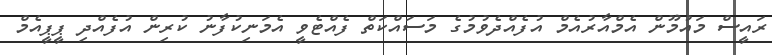
ރައީސް މައުމޫން އެމްއާރުއެމް އުފެއްދެވުމުގެ މަސައްކަތް ފެއްޓެވީ އެމަނިކުފާނު ކުރިން އުފެއްދި ޕީޕީއެމް